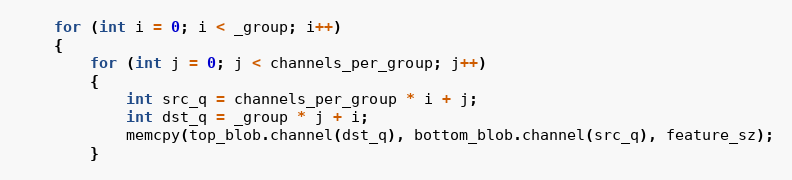
Language: C++
    for (int i = 0; i < _group; i++)
    {
        for (int j = 0; j < channels_per_group; j++)
        {
            int src_q = channels_per_group * i + j;
            int dst_q = _group * j + i;
            memcpy(top_blob.channel(dst_q), bottom_blob.channel(src_q), feature_sz);
        }